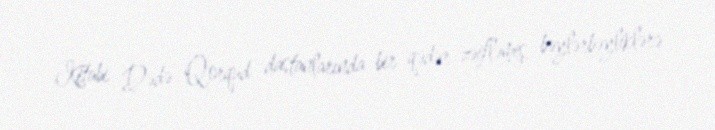
Kitabi Dədə Qorqud dastanlarında bir qədər zəifləmiş, bəylərbəyliklərə